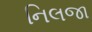
નિલજા